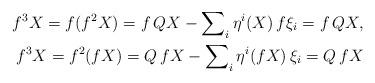
LaTeX: \begin{align*} {f}^3 X = {f}({f}^2 X) = {f}\,QX -\sum\nolimits_{i}\eta^i(X)\,{f}\xi_i = {f}\,QX,\\ {f}^3 X = {f}^2({f} X) = Q\,{f} X -\sum\nolimits_{i}\eta^i({f} X)\,\xi_i = Q\,{f} X\end{align*}